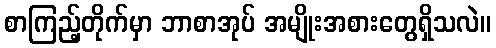
စာကြည့်တိုက်မှာ ဘာစာအုပ် အမျိုးအစားတွေရှိသလဲ။